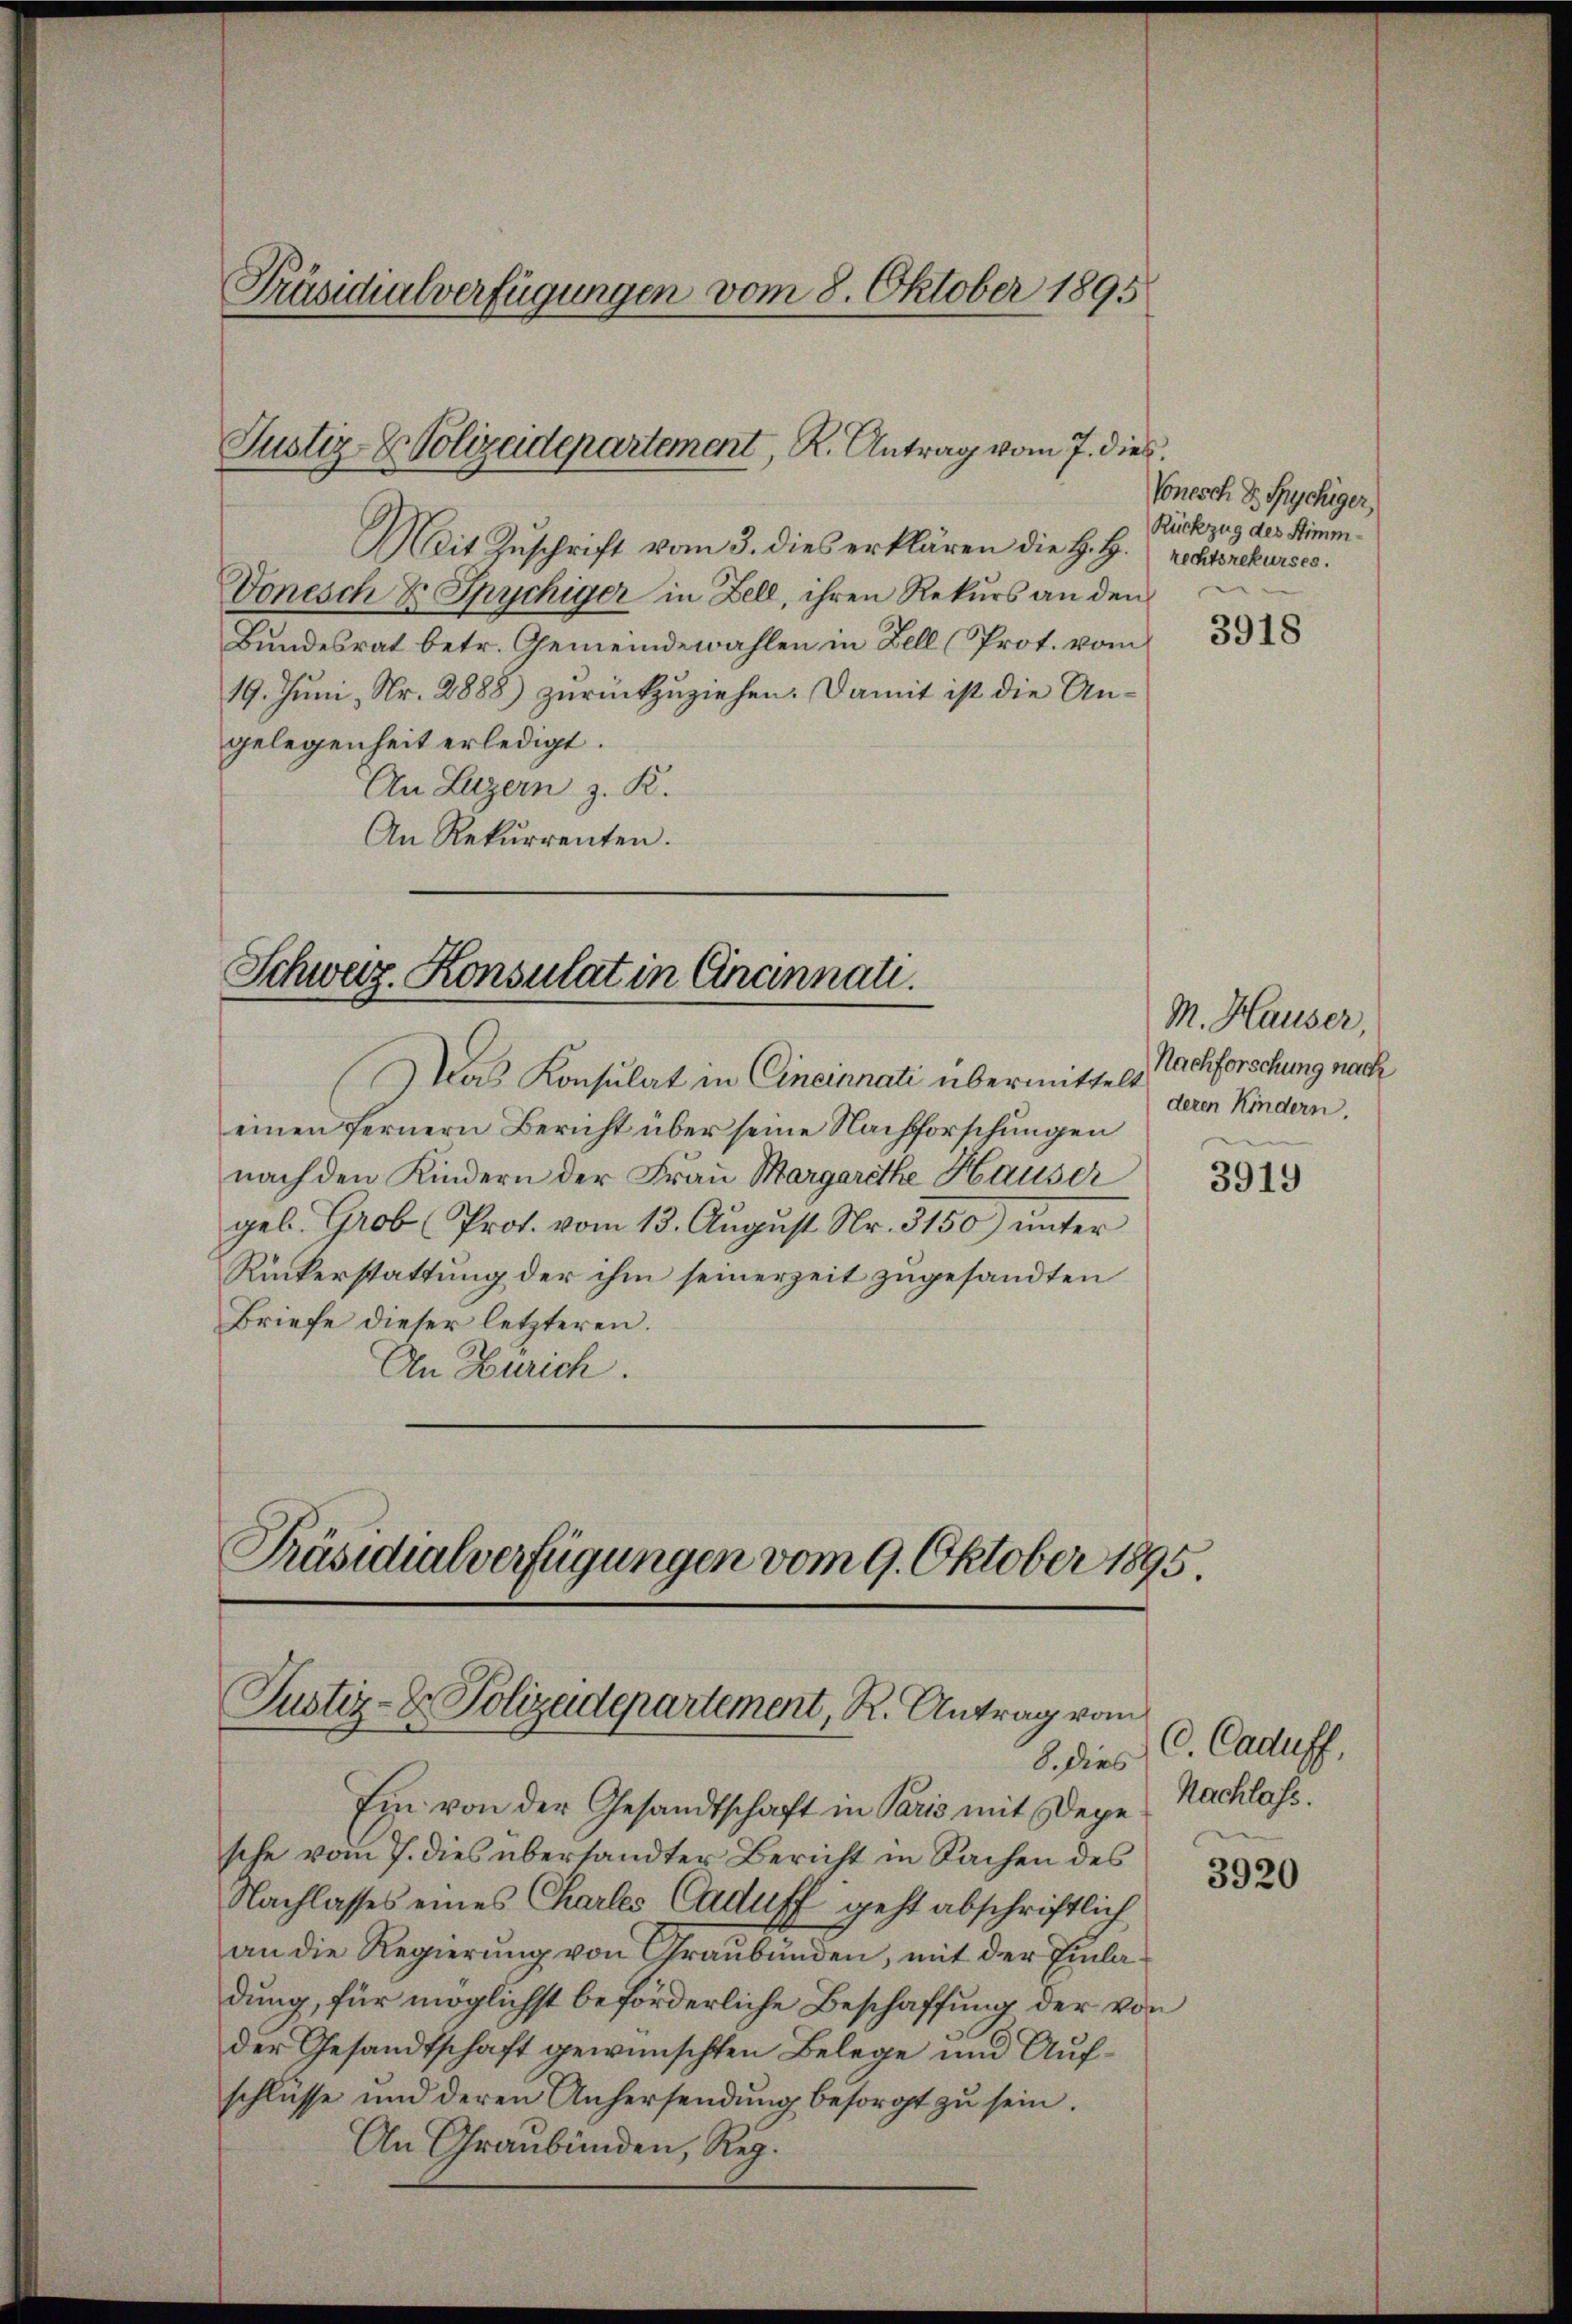
Präsidialverfügungen vom 8. Oktober 1895

Mit Zŭschrift vom 3. dies erklären die H. H. Rechtsrekurses.
Vonesch & Spychiger in Zell, ihren Rekurs an den
Bundesrat betr. Gemeindewahlen in Zell (Prot. vom
19. Juni, Nr. 2888) zurückzuziehen. Damit ist die Ungelegenheit erledigt.
An Luzern z. R.
An Rekurrenten.

Justiz- & Polizeidepartement, R. Antrag vom 7. dies

Schweiz. Konsulat in Grannali.

Das Konsulat in Cincinnati übermittelt
einen fernern Bericht über seine Nachforschungen
nach den Kindern der Frau Margarethe Hauser
gel. Grob Prot. vom 13. August Nr. 3150) unter
Rückerstattung der ihm seinerzeit zugesandten
Briefe dieser letzteren.
An Zürich.

Präsidialverfügungen vom 9. Oktober 1895.
Justiz- & Polizeidepartement, R. Antrag vom
8. dies

Ein von der Gesandtschaft in Paris mit Depe
sche vom 7. dies übersandter Bericht in Sachen des
Nachlasses eines Charles Caduff geht abschriftlich
an die Regierung von Graubünden, mit der Einladung, für möglichst beförderliche Beschaffung der von
der Gesandtschaft gewünschten Belege und Aufschlüsse und deren Anhersendung besorgt zu sein.
An Graubünden, Reg.

Vonesch d. Trychiger,
Rückzug des Stimm¬

3918

M. Hauser,
Nachforschung nach
deren Kindern.

3919

C. Caduff,
Nachlass.

3920